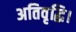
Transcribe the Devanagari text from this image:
अतिवृद्धि।